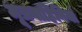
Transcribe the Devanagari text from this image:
मूत्रवाहिनियां